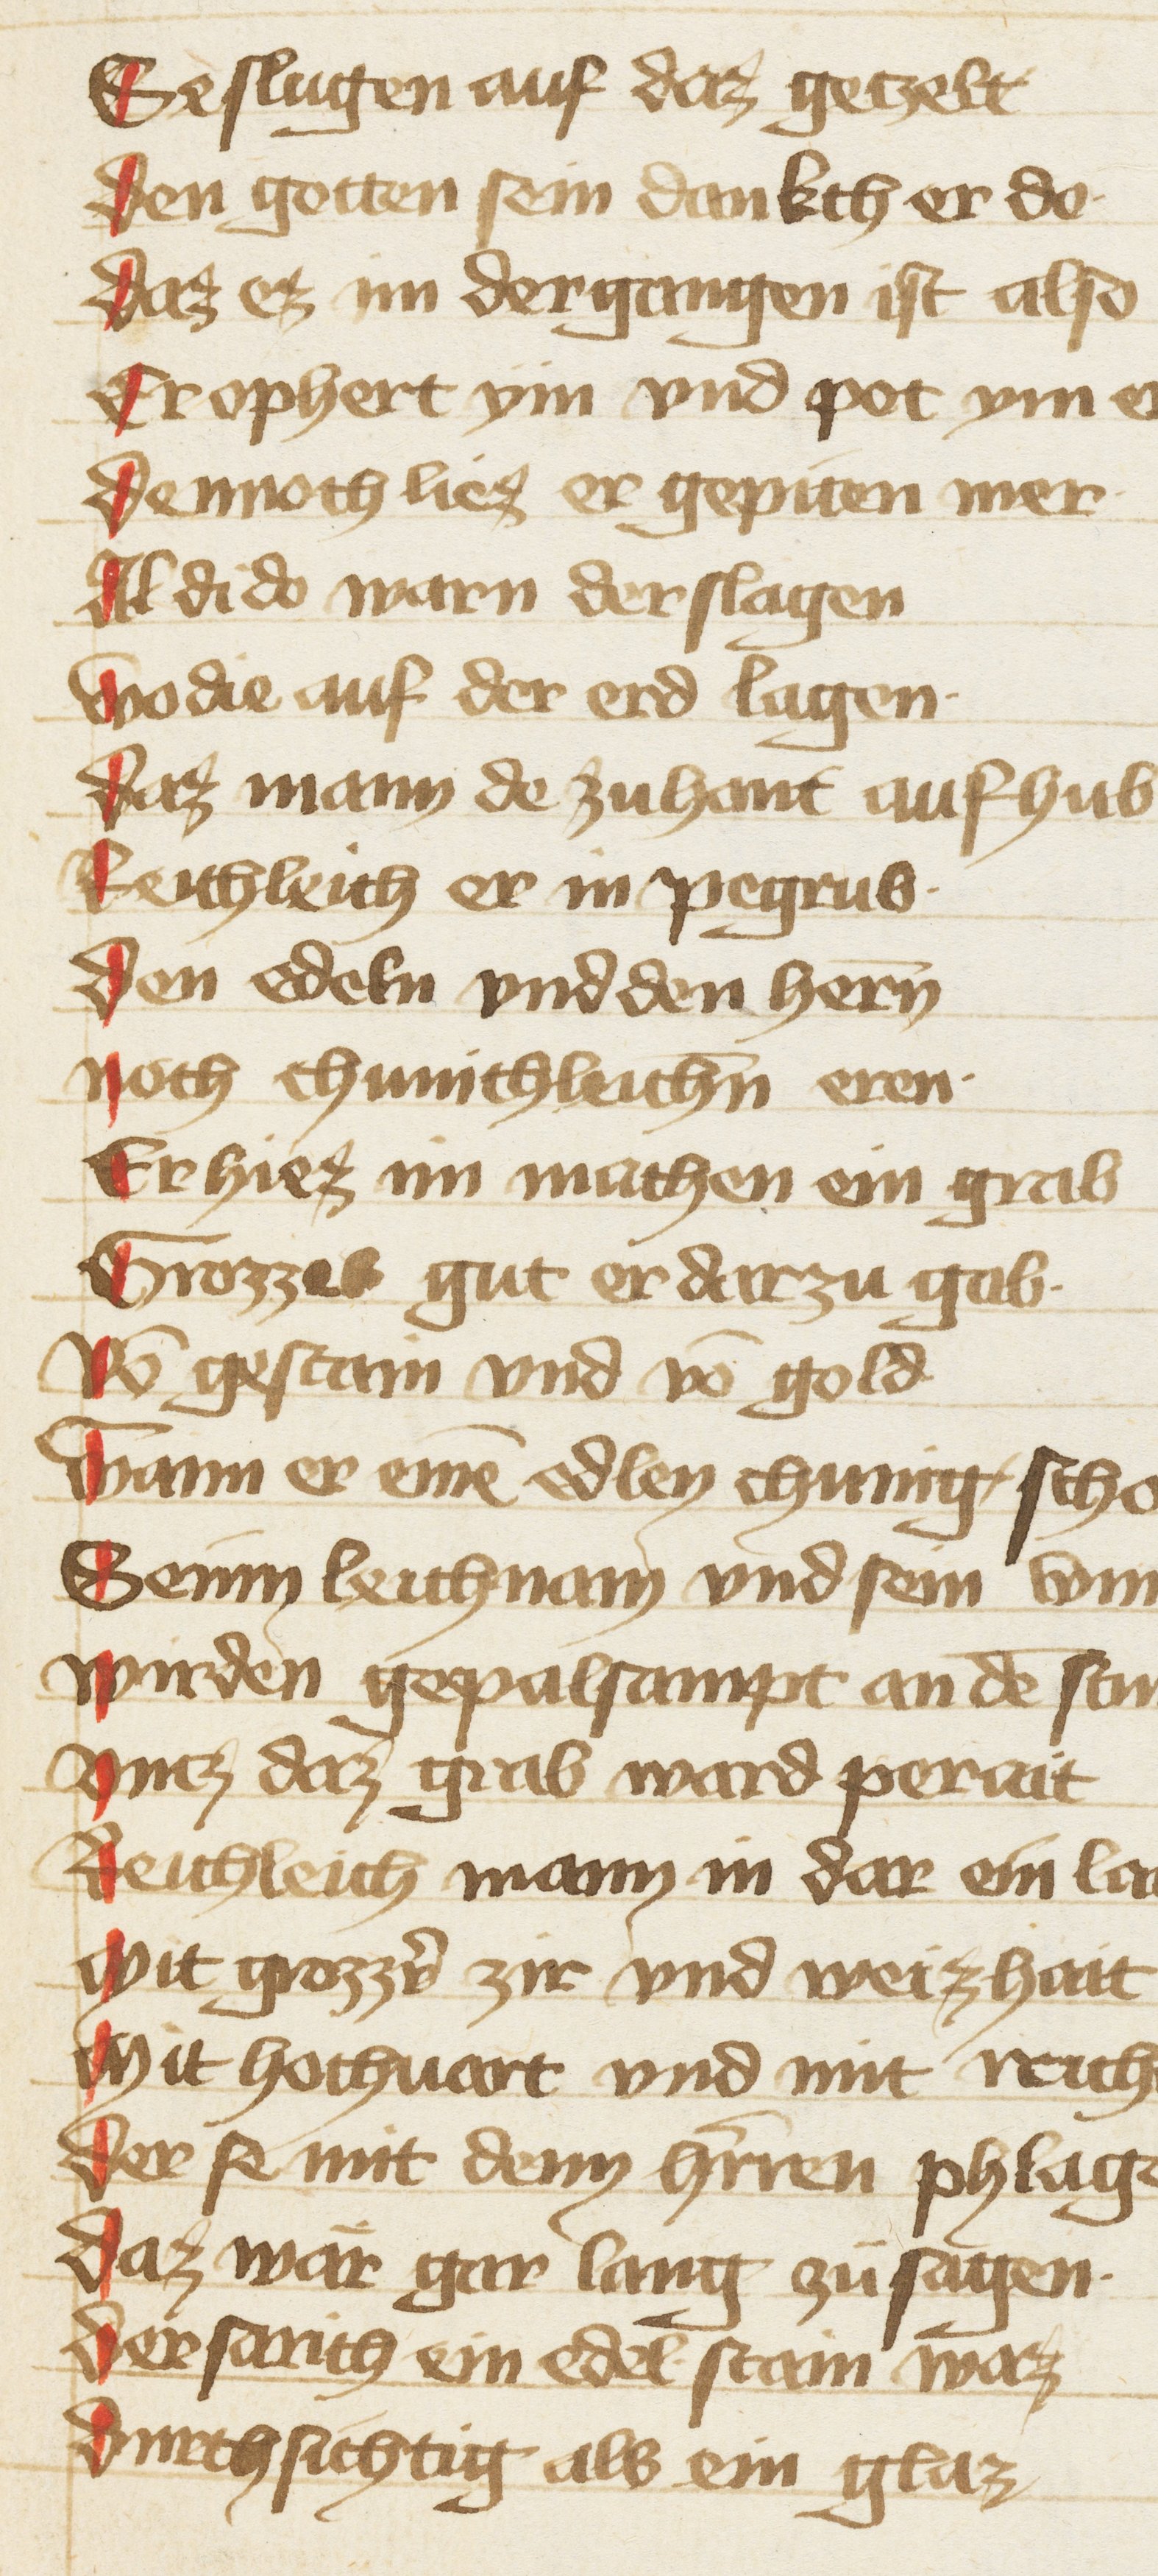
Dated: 1402–1402